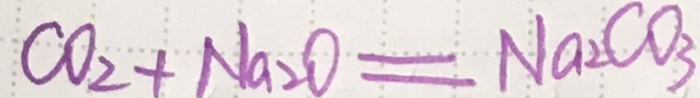
C O _ { 2 } + N a _ { 2 } O = N a _ { 2 } C O _ { 3 }